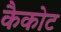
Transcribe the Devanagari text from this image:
कैकोट